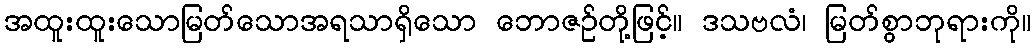
အထူးထူးသောမြတ်သောအရသာရှိသော ဘောဇဉ်တို့ဖြင့်။ ဒသဗလံ၊ မြတ်စွာဘုရားကို။